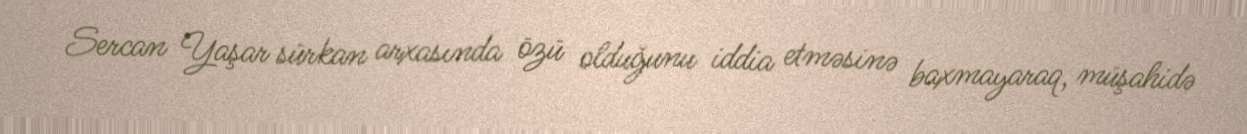
Sercan Yaşar sürkan arxasında özü olduğunu iddia etməsinə baxmayaraq, müşahidə